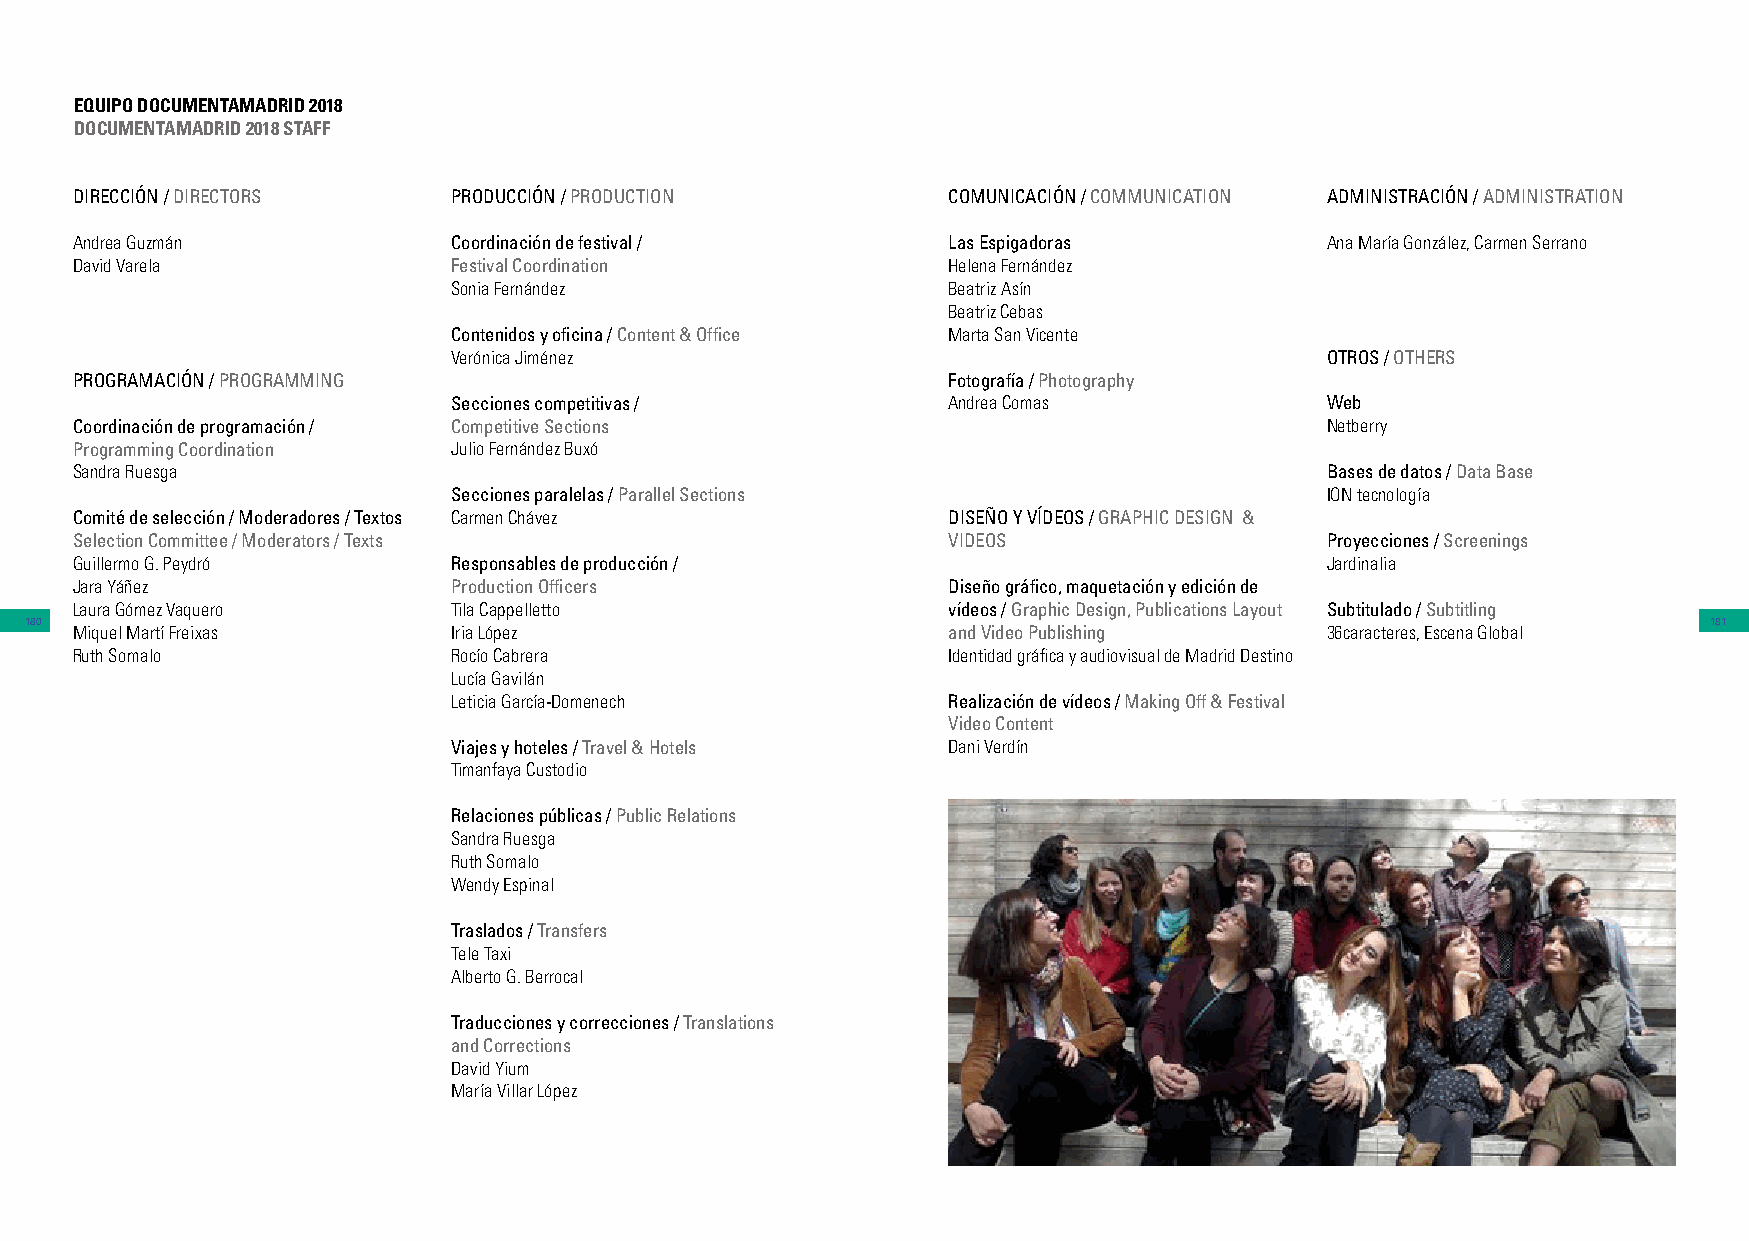
EQUIPO DOCUMENTAMADRID 2018
 DOCUMENTAMADRID 2018 STAFF
 DIRECCIÓN / DIRECTORS    PRODUCCIÓN / PRODUCTION          COMUNICACIÓN / COMMUNICATION ADMINISTRACIÓN / ADMINISTRATION
 Andrea Guzmán            Coordinación de festival /       Las Espigadoras          Ana María González, Carmen Serrano
 David Varela             Festival Coordination            Helena Fernández
 Sonia Fernández                  Beatriz Asín
 Beatriz Cebas
 Contenidos y oficina / Content & Office Marta San Vicente
 Verónica Jiménez                                          OTROS / OTHERS
 PROGRAMACIÓN / PROGRAMMING                                Fotografía / Photography
 Secciones competitivas /         Andrea Comas             Web
 Coordinación de programación / Competitive Sections                                Netberry
 Programming Coordination Julio Fernández Buxó
 Sandra Ruesga                                                                      Bases de datos / Data Base
 Secciones paralelas / Parallel Sections                   ION tecnología
 Comité de selección / Moderadores / Textos Carmen Chávez  DISEÑO Y VÍDEOS / GRAPHIC DESIGN &
 Selection Committee / Moderators / Texts                  VIDEOS                   Proyecciones / Screenings
 Guillermo G. Peydró      Responsables de producción /                              Jardinalia
 Jara Yáñez               Production Officers              Diseño gráfico, maquetación y edición de
 Laura Gómez Vaquero      Tila Cappelletto                 vídeos / Graphic Design, Publications Layout Subtitulado / Subtitling
 180                                                                                                            181
 Miquel Martí Freixas     Iria López                       and Video Publishing     36caracteres, Escena Global
 Ruth Somalo              Rocío Cabrera                    Identidad gráfica y audiovisual de Madrid Destino
 Lucía Gavilán
 Leticia García-Domenech          Realización de vídeos / Making Off & Festival
 Video Content
 Viajes y hoteles / Travel & Hotels Dani Verdín
 Timanfaya Custodio
 Relaciones públicas / Public Relations
 Sandra Ruesga
 Ruth Somalo
 Wendy Espinal
 Traslados / Transfers
 Tele Taxi
 Alberto G. Berrocal
 Traducciones y correcciones / Translations
 and Corrections
 David Yium
 María Villar López